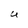
Character: U